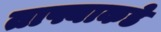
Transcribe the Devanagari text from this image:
ताफ्याकडे